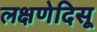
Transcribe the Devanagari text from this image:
लक्षणेदिसू